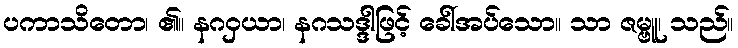
ပကာသိတော၊ ၏။ နဂဝှယာ၊ နဂသဒ္ဒါဖြင့် ခေါ်အပ်သော။ သာ ဇမ္ဗူ၊ သည်။